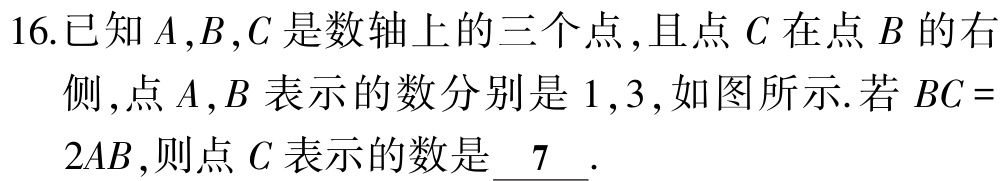
16.已知\(A,B,C\)是数轴上的三个点,且点\(C\)在点\(B\)的右

侧,点\(A,B\)表示的数分别是\(1,3\),如图所示.若\(BC =

2AB\),则点\(C\)表示的数是\(\underline{7}\).